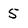
Character: 5